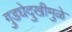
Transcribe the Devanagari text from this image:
गुडघेदुखीमुळे